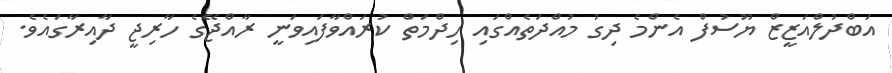
އަބްދުލްއަޒީޒް ޔޫސުފް އެންމެ ދިގު މުއްދަތެއްގައި ހިދްމަތް ކުރައްވާފައިވަނީ ރާއްޖޭގެ ހާރިޖީ ދާއިރާގައެވެ.